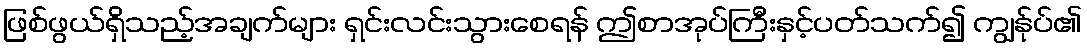
ဖြစ်ဖွယ်ရှိသည့်အချက်များ ရှင်းလင်းသွားစေရန် ဤစာအုပ်ကြီးနှင့်ပတ်သက်၍ ကျွန်ုပ်၏